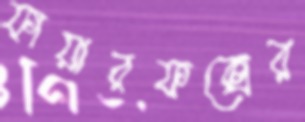
ফায়ারফক্সের